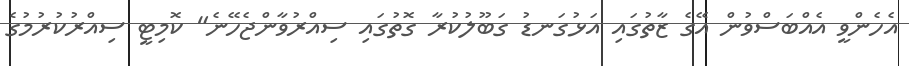
އެހެންވީ އެއްބަސްވުން އޭގެ ޒާތުގައި އަޅުގަނޑު ގަބޫލުކުރާ ގޮތުގައި ސިއްރުވާންޖެހޭނެ" ކޮމިޓީ ސިއްރުކުރުމުގެ